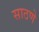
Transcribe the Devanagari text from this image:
साठणे